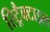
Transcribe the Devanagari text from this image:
रिट्रैक्टाइल